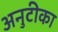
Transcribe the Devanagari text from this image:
अनुटीका